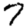
Digit: 7